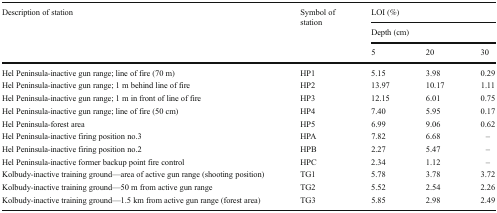
| <ROWSPAN=3> Description of station | <ROWSPAN=3> Symbol of station | <COLSPAN=3> LOI (%) |
 | <COLSPAN=3> Depth (cm) |
 | 5 | 20 | 30 |
 | --- | --- | --- | --- | --- |
 | Hel Peninsula-inactive gun range; line of fire (70 m) | HP1 | 5.15 | 3.98 | 0.29 |
 | Hel Peninsula-inactive gun range; 1 m behind line of fire | HP2 | 13.97 | 10.17 | 1.11 |
 | Hel Peninsula-inactive gun range; 1 m in front of line of fire | HP3 | 12.15 | 6.01 | 0.75 |
 | Hel Peninsula-inactive gun range; line of fire (50 cm) | HP4 | 7.40 | 5.95 | 0.17 |
 | Hel Peninsula-forest area | HP5 | 6.99 | 9.06 | 0.62 |
 | Hel Peninsula-inactive firing position no.3 | HPA | 7.82 | 6.68 | – |
 | Hel Peninsula-inactive firing position no.2 | HPB | 2.27 | 5.47 | – |
 | Hel Peninsula-inactive former backup point fire control | HPC | 2.34 | 1.12 | – |
 | Kolbudy-inactive training ground—area of active gun range (shooting position) | TG1 | 5.78 | 3.78 | 3.72 |
 | Kolbudy-inactive training ground—50 m from active gun range | TG2 | 5.52 | 2.54 | 2.26 |
 | Kolbudy-inactive training ground—1.5 km from active gun range (forest area) | TG3 | 5.85 | 2.98 | 2.49 |